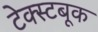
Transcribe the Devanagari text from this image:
टेक्स्टबूक